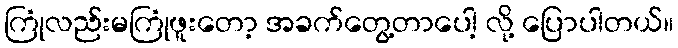
ကြုံလည်းမကြုံဖူးတော့ အခက်တွေ့တာပေါ့ လို့ ပြောပါတယ်။